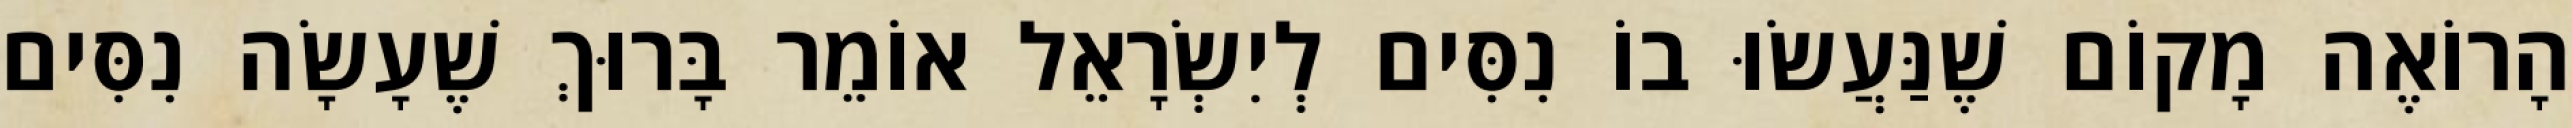
הָרוֹאֶה מָקוֹם שֶׁנַּעֲשׂוּ בוֹ נִסִּים לְיִשְׂרָאֵל אוֹמֵר בָּרוּךְ שֶׁעָשָׂה נִסִּים